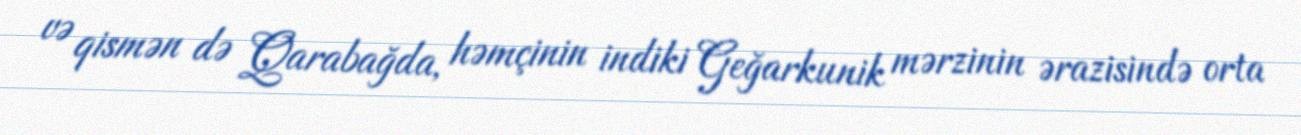
və qismən də Qarabağda, həmçinin indiki Geğarkunik mərzinin ərazisində orta